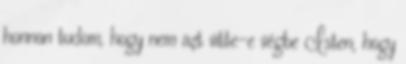
honnan tudom, hogy nem azt vitte-e végbe Isten, hogy